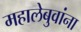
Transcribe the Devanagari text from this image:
महालेबुवांना